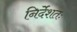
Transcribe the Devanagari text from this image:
निर्देशतः